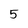
Character: 5